Scottish Leaving Certificate Examination, 1956
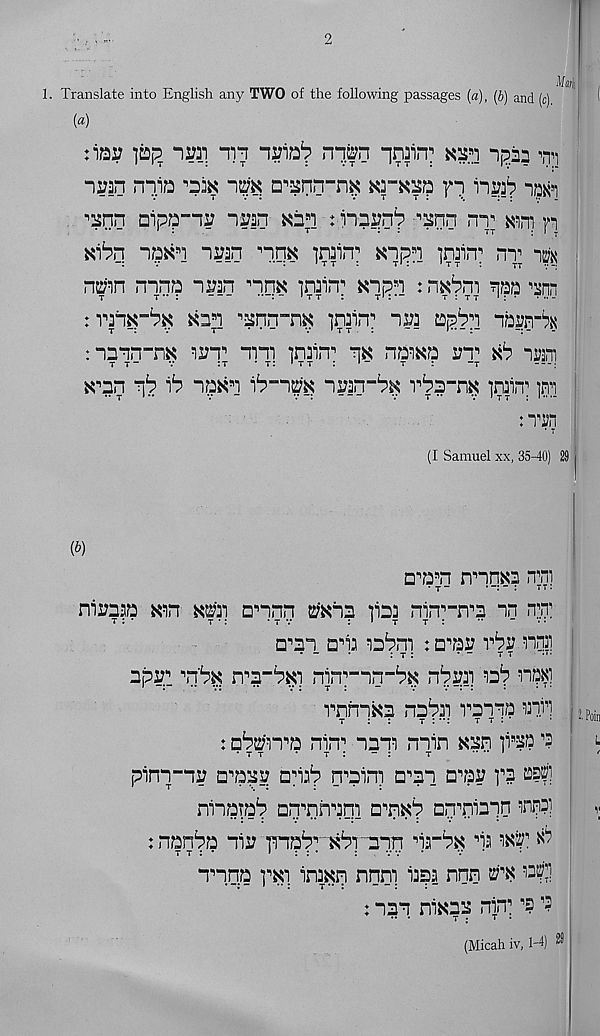
2
1. Translate into English any TWO of the following passages (a), (b) and (c)
{a)
:iax? pi? “iwi in
nitin -[nain;
ipan §i
imn niia
im a^ann-n^
yi iiwb ^
■’snn aipa-ni: ~\mn
: iia^n^ ^nn nr m\ n
nrbn : ipfcn ivin rnx irain; «np fl i irm nr ng
n^n nnna nmn rm •jrain; Knpri ♦ n^pni
^nn
: vn^-% to 'znn-riit, ]rain; nv: ap^i nb_s?rt
: nmn-nK
rr iniirr m nawa I7T 1 xb iwm
*to r\b ib rixn "ib-nm
rba-n^ imn 1 }m
: Tin * T
(I Samuel xx, 35^10) 29
(b)
n* , a s n m.qx? n;n
nirasa
to annn ty'xia iia3 nin , ’ , -n , 3 nn t.t
t : •
t •:
-tv
: » t t :
*•
“ • •
n'2i nr rbr : a^aa vbv nnii
• -
•
: t :
* “
t t
•'•
apaq rb$ sra-p^
^ n^]
rnniKa na^ai ramp PIT!
t : :
r : •:
t t :
: a^EfiTa nin 1 nnr min xasn q^P ’?
. T t
•
t :
- :
r
.... i
pinn-na a^a^^ nrb n^aini a^an a^aa fl l?f]
ninata'? aq^nnaqi a^nKp aq^niapn TO
: nan^a nia irnp^^i-aiq pirP^ r W. ^
nn.qa
r:m nnni iaaa nnn ui'x vf).
: inn nito np] ’s ’?
(Micah iv, 1-4) ®